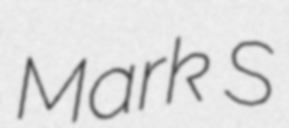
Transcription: Mark S